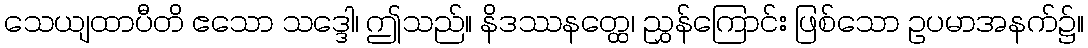
သေယျထာပီတိ ဧသော သဒ္ဒေါ၊ ဤသည်။ နိဒဿနတ္ထေ၊ ညွှန်ကြောင်း ဖြစ်သော ဥပမာအနက်၌။